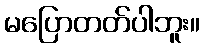
မပြောတတ်ပါဘူး။